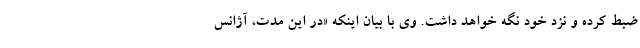
ضبط کرده و نزد خود نگه خواهد داشت. وی با بیان اینکه «در این مدت، آژانس